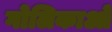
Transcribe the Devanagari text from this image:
गोलिकाओं